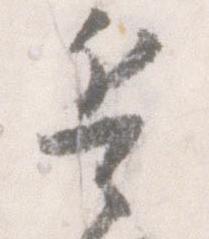
兵